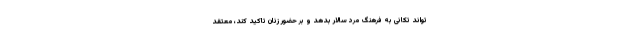
تواند تکانی به فرهنگ مرد سالار بدهد و بر حضور زنان تاکید کند، معتقد